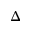
\Delta